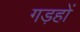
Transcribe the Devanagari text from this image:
गड़हों